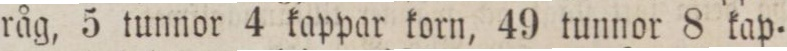
råg, 5 tunnor 4 kappar korn, 49 tunnor 8 kap=